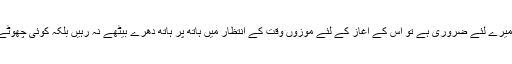
یعنی اگر فیصلہ کرلیں کہ یہ کام میرے لئے ضروری ہے تو اس کے آغاز کے لئے موزوں وقت کے انتظار میں ہاتھ پر ہاتھ دھرے بیٹھے نہ رہیں بلکہ کوئی چھوٹے سے چھوٹا قدم اسی وقت اٹھالیں۔